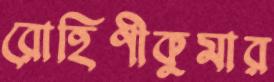
রোহিণীকুমার